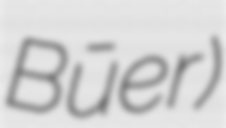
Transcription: Būḩer)